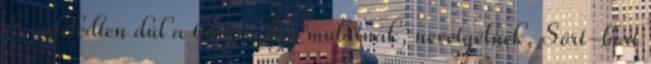
S önfeledten dúl a tangó, Így mulatnak, nevetgélnek, Sört-bort